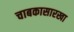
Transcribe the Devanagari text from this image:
चाबकासारखा